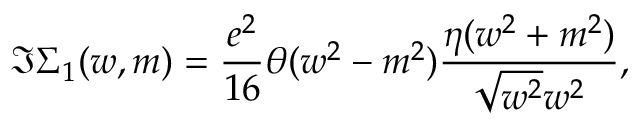
\Im \Sigma _ { 1 } ( w , m ) = \frac { e ^ { 2 } } { 1 6 } \theta ( w ^ { 2 } - m ^ { 2 } ) \frac { \eta ( w ^ { 2 } + m ^ { 2 } ) } { \sqrt { w ^ { 2 } } w ^ { 2 } } ,